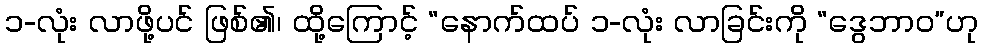
၁-လုံး လာဖို့ပင် ဖြစ်၏၊ ထို့ကြောင့် “နောက်ထပ် ၁-လုံး လာခြင်းကို “ဒွေဘာဝ”ဟု